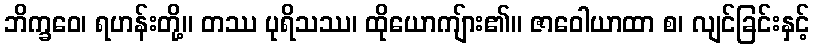
ဘိက္ခဝေ၊ ရဟန်းတို့။ တဿ ပုရိသဿ၊ ထိုယောကျ်ား၏။ ဇာဝေါယာထာ စ၊ လျင်ခြင်းနှင့်